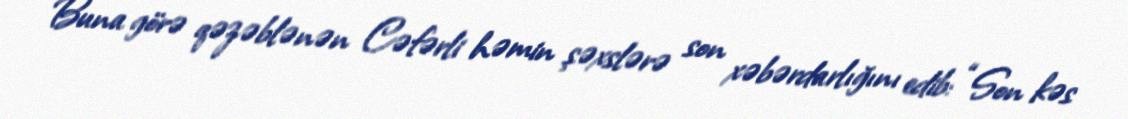
Buna görə qəzəblənən Cəfərli həmin şəxslərə son xəbərdarlığını edib: “Son kəs